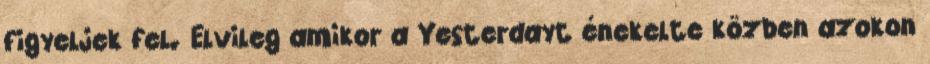
figyeljek fel. Elvileg amikor a Yesterdayt énekelte közben azokon